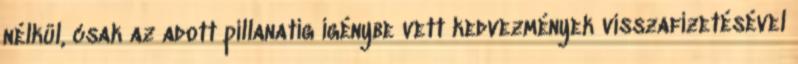
nélkül, csak az adott pillanatig igénybe vett kedvezmények visszafizetésével